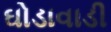
ઘોડાવાડી